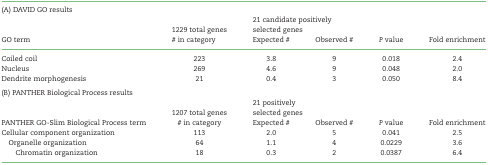
<table><thead><tr><td><b>(A) DAVID GO results</b></td><td></td><td colspan="2"></td><td></td><td></td></tr><tr><td></td><td></td><td colspan="2"><b>21 candidate positively</b></td><td></td><td></td></tr><tr><td></td><td><b>1229 total genes</b></td><td colspan="2"><b>selected genes</b></td><td></td><td></td></tr><tr><td><b>GO term</b></td><td><b># in category</b></td><td><b>Expected #</b></td><td><b>Observed #</b></td><td><b><i>P</i> value</b></td><td><b>Fold enrichment</b></td></tr></thead><tbody><tr><td>Coiled coil</td><td>223</td><td>3.8</td><td>9</td><td>0.018</td><td>2.4</td></tr><tr><td>Nucleus</td><td>269</td><td>4.6</td><td>9</td><td>0.048</td><td>2.0</td></tr><tr><td>Dendrite morphogenesis</td><td>21</td><td>0.4</td><td>3</td><td>0.050</td><td>8.4</td></tr><tr><td colspan="2">(B) PANTHER Biological Process results</td><td></td><td></td><td></td><td></td></tr><tr><td></td><td></td><td colspan="2">21 positively</td><td></td><td></td></tr><tr><td></td><td>1207 total genes</td><td colspan="2">selected genes</td><td></td><td></td></tr><tr><td>PANTHER GO-Slim Biological Process term</td><td># in category</td><td>Expected #</td><td>Observed #</td><td><i>P</i> value</td><td>Fold enrichment</td></tr><tr><td>Cellular component organization</td><td>113</td><td>2.0</td><td>5</td><td>0.041</td><td>2.5</td></tr><tr><td> Organelle organization</td><td>64</td><td>1.1</td><td>4</td><td>0.0229</td><td>3.6</td></tr><tr><td>Chromatin organization</td><td>18</td><td>0.3</td><td>2</td><td>0.0387</td><td>6.4</td></tr></tbody></table>